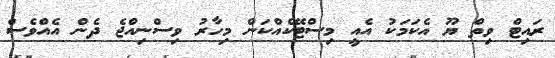
ރައިޓް ވިތް ޔޫ އެކަމަކު އެއީ މިސްޓޭކެއްކަން މިހާރު ވިސްނިއްޖެ ދެން އެއްވެސް